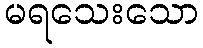
မရသေးသော